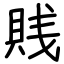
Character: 賎